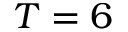
T = 6